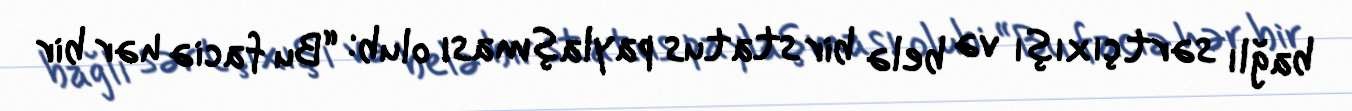
bağlı sərt çıxışı və belə bir status paylaşması olub: “Bu faciə hər bir